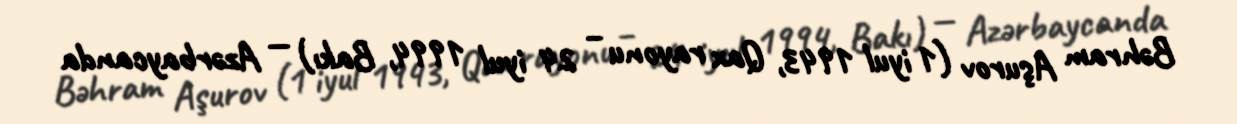
Bəhram Aşurov (1 iyul 1943, Qax rayonu – 24 iyul 1994, Bakı) — Azərbaycanda